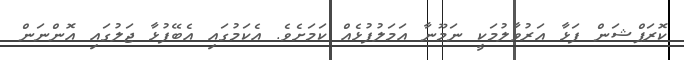
ކޮރަޕްޝަން ފަޅާ އަރުވާލުމަކީ ނަމޫނާ އަމަލުފުޅެއް ކަމަށެވެ. އެކަމުގައި އެބޭފުޅާ ޖަލުގައި އޮންނަން